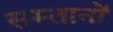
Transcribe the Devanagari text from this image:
सम्तानों